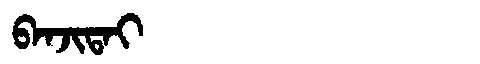
Manchu: ᠪᠠᠨᠵᡳᡨᠠᡳ
Romanization: BANJITAI